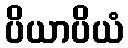
ပိယာပိယံ